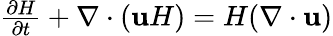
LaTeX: \begin{array}{r}{\frac{\partial H}{\partial t}+\nabla\cdot(\mathbf{u}H)=H(\nabla\cdot\mathbf{u})}\end{array}